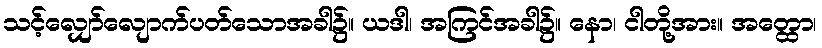
သင့်လျှော်လျောက်ပတ်သောအခါ၌။ ယဒါ၊ အကြင်အခါ၌။ နော၊ ငါတို့အား။ အတ္ထော၊